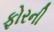
ફોરની